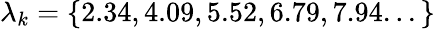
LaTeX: \lambda_{k}=\{ 2.34,4.09,5.52,6.79,7.94...\}